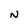
Character: N